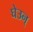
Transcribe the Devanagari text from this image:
घेउन्